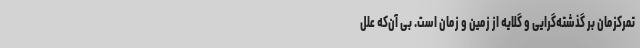
تمرکزمان بر گذشته‌گرایی و گلایه از زمین و زمان است. بی آن‌که علل